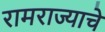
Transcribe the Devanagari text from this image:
रामराज्याचे